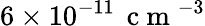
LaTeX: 6\times 10^{-11}\, \mathrm{~c~m~}^{-3}